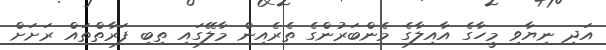
އަދި ނިޔާވި މީހާގެ އާއިލާގެ މެންބަރުންގެ ތެރެއިން މާލޭގައި ތިބި ފަރާތްތައް ރަށަށް